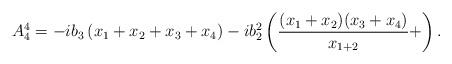
LaTeX: \begin{align*} A_4^4 &= -ib_3 \left( x_1+x_2+x_3+x_4 \right) -i b_2^2\left( \frac{(x_1+x_2)(x_3+x_4)}{x_{1+2}} + \right) .\end{align*}